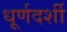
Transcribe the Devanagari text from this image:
धूर्णदर्शी